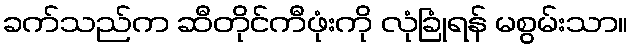
ခက်သည်က ဆီတိုင်ကီဖုံးကို လုံခြုံရန် မစွမ်းသာ။